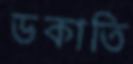
ডকাতি